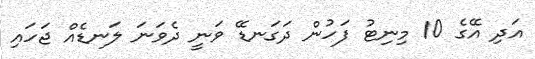
އަދި އޭގެ 10 މިނިޓު ފަހުން ދަގަނޑޭ ވަނީ ދެވަނަ ލަނޑެއް ޖަހައި